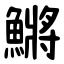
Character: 鱂